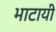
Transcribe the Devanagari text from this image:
भाटायी